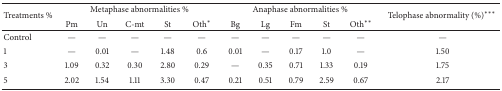
| <ROWSPAN=2> Treatments % | <COLSPAN=5> Metaphase abnormalities % | <COLSPAN=5> Anaphase abnormalities % | <ROWSPAN=2> Telophase abnormality (%)*** |
 | Pm | Un | C-mt | St | Oth* | Bg | Lg | Fm | St | Oth** |
 | --- | --- | --- | --- | --- | --- | --- | --- | --- | --- | --- | --- |
 | Control | — | — | — | — | — | — | — | — | — | — | — |
 | 1 | — | 0.01 | — | 1.48 | 0.6 | 0.01 | — | 0.17 | 1.0 | — | 1.50 |
 | 3 | 1.09 | 0.32 | 0.30 | 2.80 | 0.29 | — | 0.35 | 0.71 | 1.33 | 0.19 | 1.75 |
 | 5 | 2.02 | 1.54 | 1.11 | 3.30 | 0.47 | 0.21 | 0.51 | 0.79 | 2.59 | 0.67 | 2.17 |